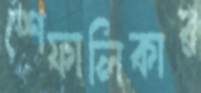
শেফালিকার